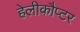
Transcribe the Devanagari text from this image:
हेलीकौप्टर